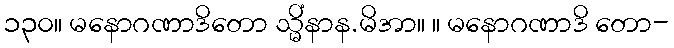
၁၃၀။ မနောဂဏာဒိတော သ္မိံနာန.မိအာ။ ။ မနောဂဏာဒိ တော-